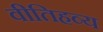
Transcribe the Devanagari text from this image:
वीतिहव्य